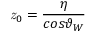
{ \it z } _ { 0 } = \frac { \eta } { c o s \vartheta _ { W } }